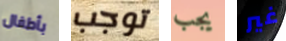
بأطفال توجب يجب غير